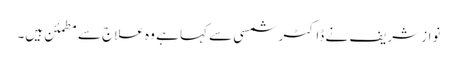
نواز شریف نے ڈاکٹر شمسی سے کہا ہے وہ علاج سے مطمئن ہیں۔